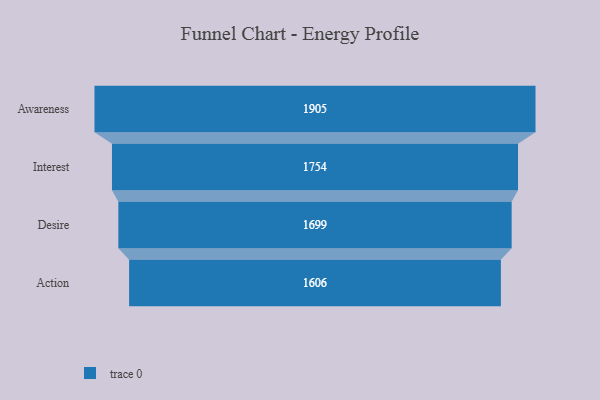
{"axis": {"x": "Stage", "y": "Value"}, "legend": [""], "data": [{"x": "Awareness", "y": 1905.0, "type": ""}, {"x": "Interest", "y": 1754.0, "type": ""}, {"x": "Desire", "y": 1699.0, "type": ""}, {"x": "Action", "y": 1606.0, "type": ""}]}